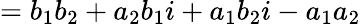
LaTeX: =b_{1}b_{2}+a_{2}b_{1}i+a_{1}b_{2}i-a_{1}a_{2}